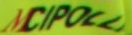
CIPOLL